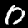
Label: 0